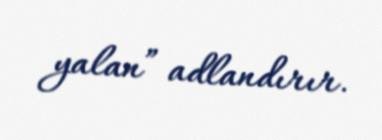
yalan” adlandırır.